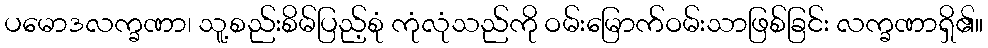
ပမောဒလက္ခဏာ၊ သူ့စည်းစိမ်ပြည့်စုံ ကုံလုံသည်ကို ဝမ်းမြောက်ဝမ်းသာဖြစ်ခြင်း လက္ခဏာရှိ၏။